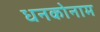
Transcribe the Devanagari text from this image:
धनकोनाम